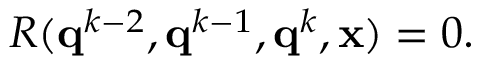
R ( \mathbf { q } ^ { k - 2 } , \mathbf { q } ^ { k - 1 } , \mathbf { q } ^ { k } , \mathbf { x } ) = 0 .